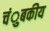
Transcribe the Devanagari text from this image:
चंुबकीय